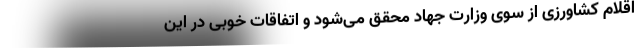
اقلام کشاورزی از سوی وزارت جهاد محقق می‌شود و اتفاقات خوبی در این